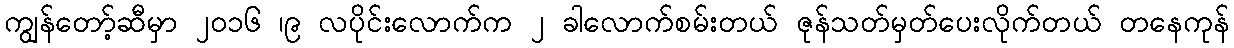
ကျွန်တော့်ဆီမှာ ၂၀၁၆ ၊၉ လပိုင်းလောက်က ၂ ခါလောက်စမ်းတယ် ဇုန်သတ်မှတ်ပေးလိုက်တယ် တနေကုန်